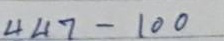
447 - 100